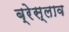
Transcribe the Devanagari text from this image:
ब्रेस्लाव